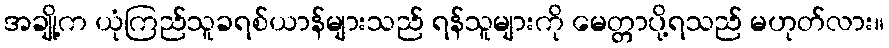
အချို့က ယုံကြည်သူခရစ်ယာန်များသည် ရန်သူများကို မေတ္တာပို့ရသည် မဟုတ်လား။